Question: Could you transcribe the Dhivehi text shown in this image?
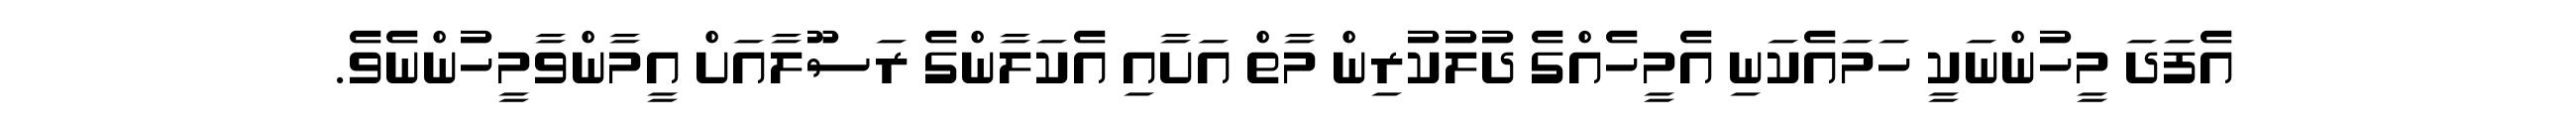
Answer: އެފަދަ މީހުންނަކީ ހަމައެކަނި އެމީހެއްގެ ދުލުކުރިން މާތް އަށާއި އެކަލާންގެ ރަސޫލާއަށް އީމާންވާމީހުންނެވެ.